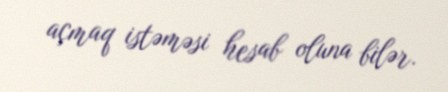
açmaq istəməsi hesab oluna bilər.